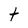
Character: T